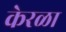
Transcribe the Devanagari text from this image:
केरळा